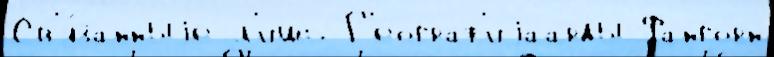
Св'я́занныjе л'ишь Г'еограф'иjаарды Фангорн